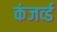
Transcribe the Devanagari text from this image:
कंजर्व्ड